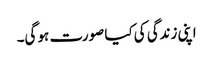
اپنی زندگی کی کیا صورت ہو گی۔